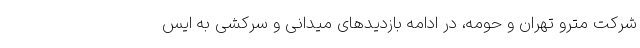
شرکت مترو تهران و حومه، در ادامه بازدید‌های میدانی و سرکشی به ایس